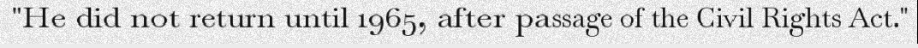
"He did not return until 1965, after passage of the Civil Rights Act."